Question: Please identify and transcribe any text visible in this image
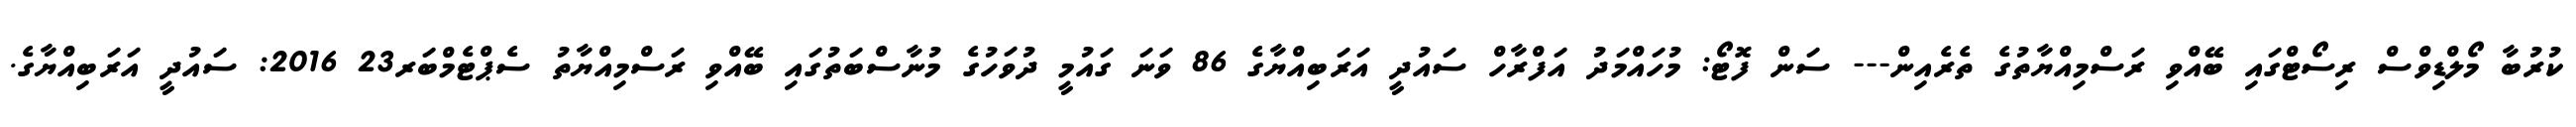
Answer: ކުރުބާ މޯލްޑިވްސް ރިސޯޓްގައި ބޭއްވި ރަސްމިއްޔާތުގެ ތެރެއިން--- ސަން ފޮޓޯ: މުހައްމަދު އަފްރާހް ސައުދީ އަރަބިއްޔާގެ 86 ވަނަ ގައުމީ ދުވަހުގެ މުނާސްބަތުގައި ބޭއްވި ރަސްމިއްޔާތު ސެޕްޓެމްބަރ23 2016: ސައުދީ އަރަބިއްޔާގެ.